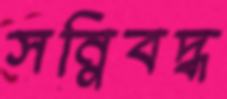
সন্নিবদ্ধ